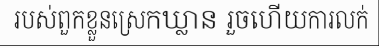
របស់ពួកខ្លួនស្រេកឃ្លាន រួចហើយការលក់